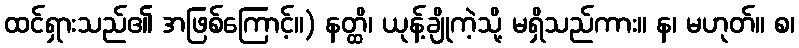
ထင်ရှားသည်၏ အဖြစ်ကြောင့်။) နတ္ထိ၊ ယုန့်ချိုကဲ့သို့ မရှိသည်ကား။ န၊ မဟုတ်။ စ၊